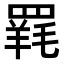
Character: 𮊐